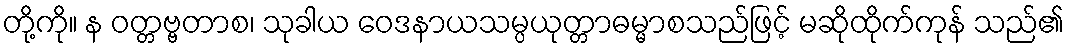
တို့ကို။ န ဝတ္တဗ္ဗတာစ၊ သုခါယ ဝေဒနာယသမ္ပယုတ္တာဓမ္မာစသည်ဖြင့် မဆိုထိုက်ကုန် သည်၏